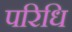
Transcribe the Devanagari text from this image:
परिधि